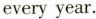
every year.